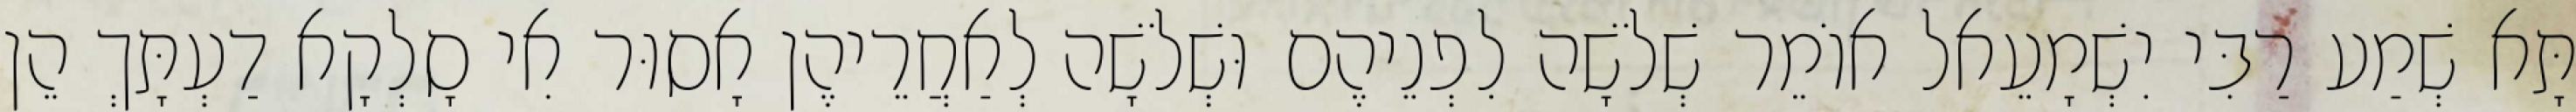
תָּא שְׁמַע רַבִּי יִשְׁמָעֵאל אוֹמֵר שְׁלֹשָׁה לִפְנֵיהֶם וּשְׁלֹשָׁה לְאַחֲרֵיהֶן אָסוּר אִי סָלְקָא דַעְתָּךְ הֵן